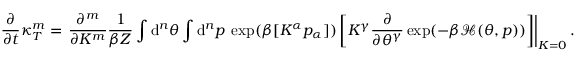
\frac { \partial } { \partial t } \kappa _ { T } ^ { m } = \left. \frac { \partial ^ { m } } { \partial K ^ { m } } \frac { 1 } { \beta Z } \int \mathrm { d } ^ { n } \theta \int \mathrm { d } ^ { n } p \: \exp ( \beta [ K ^ { \alpha } p _ { \alpha } ] ) \left[ K ^ { \gamma } \frac { \partial } { \partial \theta ^ { \gamma } } \exp ( - \beta \mathcal { H } ( \theta , p ) ) \right] \right| _ { K = 0 } .